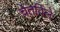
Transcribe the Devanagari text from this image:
चेतविले